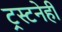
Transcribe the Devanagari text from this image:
ट्रस्टनेही